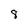
Character: 8